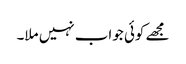
مجھے کوئی جواب نہیں ملا۔